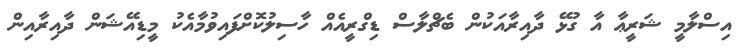
އިސްލާމީ ޝަރީޢާ އާ ގުޅޭ ދާއިރާއަކުން ބެޗްލާސް ޑިގްރީއެއް ހާސިލުކޮށްފައިވުމާއެކު މީޑިއޭޝަން ދާއިރާއިން